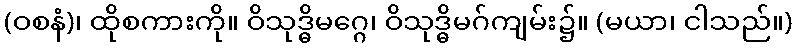
(ဝစနံ)၊ ထိုစကားကို။ ဝိသုဒ္ဓိမဂ္ဂေ၊ ဝိသုဒ္ဓိမဂ်ကျမ်း၌။ (မယာ၊ ငါသည်။)